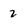
Character: 2